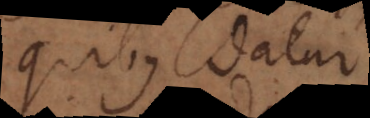
quibus datur